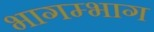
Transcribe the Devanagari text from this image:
भागम्भाग